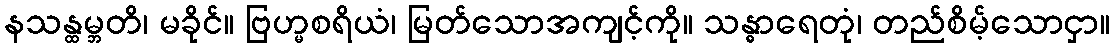
နသန္ထမ္ဘတိ၊ မခိုင်။ ဗြဟ္မစရိယံ၊ မြတ်သောအကျင့်ကို။ သန္ဓာရေတုံ၊ တည်စိမ့်သောငှာ။